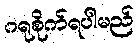
ဂရုစိုက်ရပါမည်